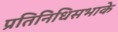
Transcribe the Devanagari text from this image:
प्रतिनिधिसभाके